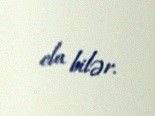
ola bilər.